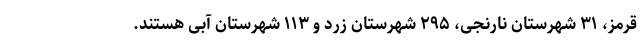
قرمز، ۳۱ شهرستان نارنجی، ۲۹۵ شهرستان زرد و ۱۱۳ شهرستان آبی هستند.